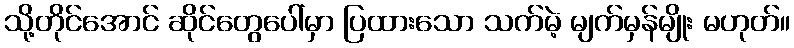
သို့တိုင်အောင် ဆိုင်တွေပေါ်မှာ ပြထားသော သက်မဲ့ မျက်မှန်မျိုး မဟုတ်။